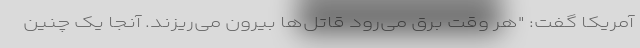
آمریکا گفت: "هر وقت برق می‌رود قاتل‌ها بیرون می‌ریزند. آنجا یک چنین